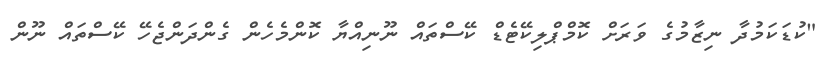
"ކުޑަކަމުދާ ނިޒާމުގެ ވަރަށް ކޮމްޕްލިކޭޓެޑް ކޭސްތައް ނޫނިއްޔާ ކޮންމެހެން ގެންދަންޖެހޭ ކޭސްތައް ނޫން